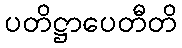
ပတိဋ္ဌာပေတီတိ